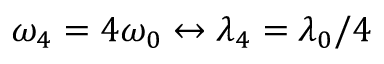
\omega _ { 4 } = 4 \omega _ { 0 } \leftrightarrow \lambda _ { 4 } = \lambda _ { 0 } / 4